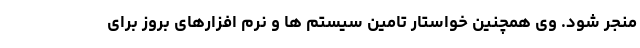
منجر شود. وی همچنین خواستار تامین سیستم ها و نرم افزارهای بروز برای